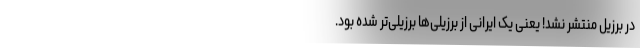
در برزیل منتشر نشد! یعنی یک ایرانی از برزیلی‌ها برزیلی‌تر شده بود.